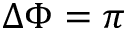
\Delta \Phi = \pi